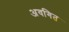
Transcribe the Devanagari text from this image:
अवगित